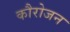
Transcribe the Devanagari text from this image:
कौरोजन